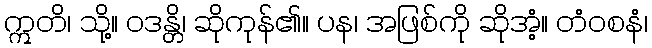
ဣတိ၊ သို့။ ဝဒန္တိ၊ ဆိုကုန်၏။ ပန၊ အဖြစ်ကို ဆိုအံ့။ တံဝစနံ၊